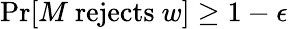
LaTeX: {\mathrm{Pr}}[M{\mathrm{~rejects~}}w]\geq 1-\epsilon